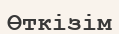
Өткізім